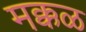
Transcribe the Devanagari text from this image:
मक्कळ